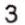
3